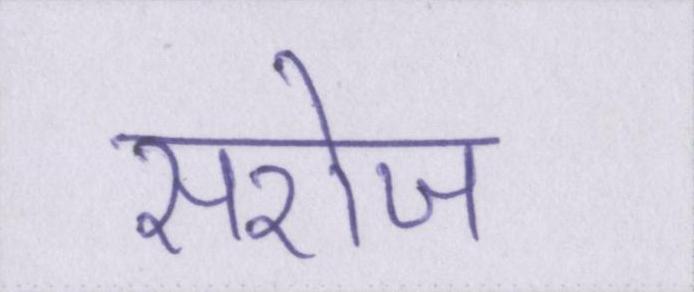
सरोज